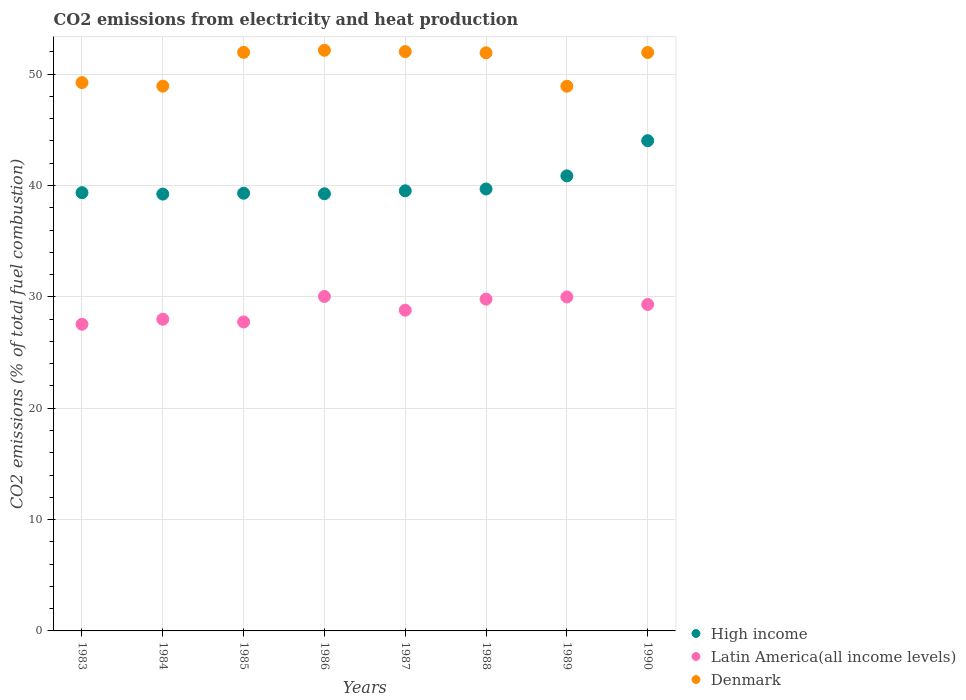
| Years | High income | Latin America(all income levels) | Denmark |
 | --- | --- | --- | --- |
 | 1983 | 39.4 | 27.5 | 49.2 |
 | 1984 | 39.2 | 28 | 48.9 |
 | 1985 | 39.3 | 27.7 | 52 |
 | 1986 | 39.3 | 30 | 52.1 |
 | 1987 | 39.5 | 28.8 | 52 |
 | 1988 | 39.7 | 29.8 | 51.9 |
 | 1989 | 40.9 | 30 | 48.9 |
 | 1990 | 44 | 29.3 | 51.9 |